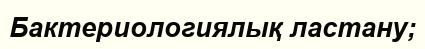
Бактериологиялық ластану;